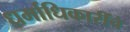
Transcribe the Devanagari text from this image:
धर्माधिकारींचे